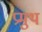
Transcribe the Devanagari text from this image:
प्रमुथ